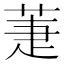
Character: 萐